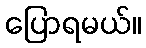
ပြောရမယ်။